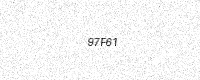
Text: 97F61